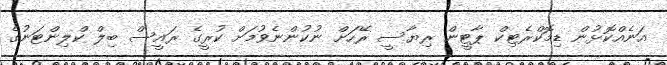
އަނެއްކޮޅުން ޑިމޮކްރެޓިކް ޕާޓީން ރިޔާސީ ރޭހަށް ނުކުންނެވުމަށް ކުރީގެ ރައީސް ބިލް ކްލިންޓަނުގެ